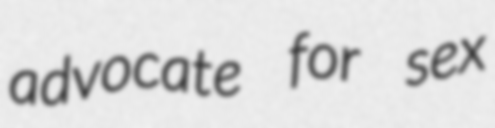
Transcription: advocate for sex